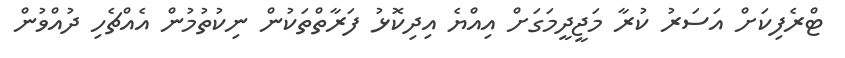
ޓްރެފިކަށް އަސަރު ކުރާ މަޖީދީމަގަށް އިއްޔެ އިދިކޮޅު ފަރާތްތަކުން ނިކުތުމުން އެއްޗެހި ދުއްވުން